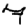
Digit: 7